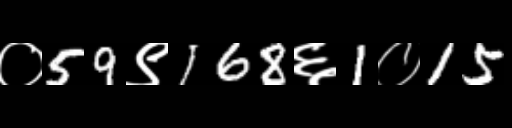
Text: ०59९168६1०15